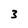
Character: 3